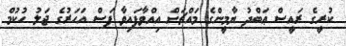
ކުރީގެ ރައީސް ޢަބްދު ޔާމީންގެ މައްޗަށް އިއްވާފައިވާ ފަސް އަހަރުގެ ޖަލު ހުކުމް